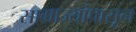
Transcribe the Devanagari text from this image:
साम्राज्यांपासून